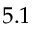
5 . 1